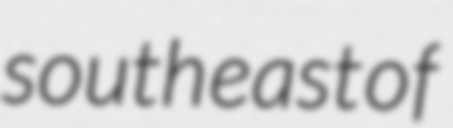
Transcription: south east of